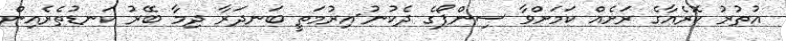
އުތުރު ކޮރެއާގެ ރަށެއް ކަމަށްވާ ސިންޕޯގެ ދެކުނު-އިރުމަތީ ބަނދަރާ ދިމާ ބޭރު ކަނޑުތެރެއިން